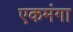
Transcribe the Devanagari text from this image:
एकमंगा